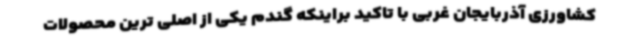
کشاورزی آذربایجان غربی با تاکید براینکه گندم یکی از اصلی ترین محصولات